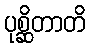
ပုစ္ဆိတာတိ